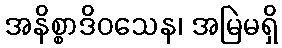
အနိစ္စာဒိဝသေန၊ အမြဲမရှိ